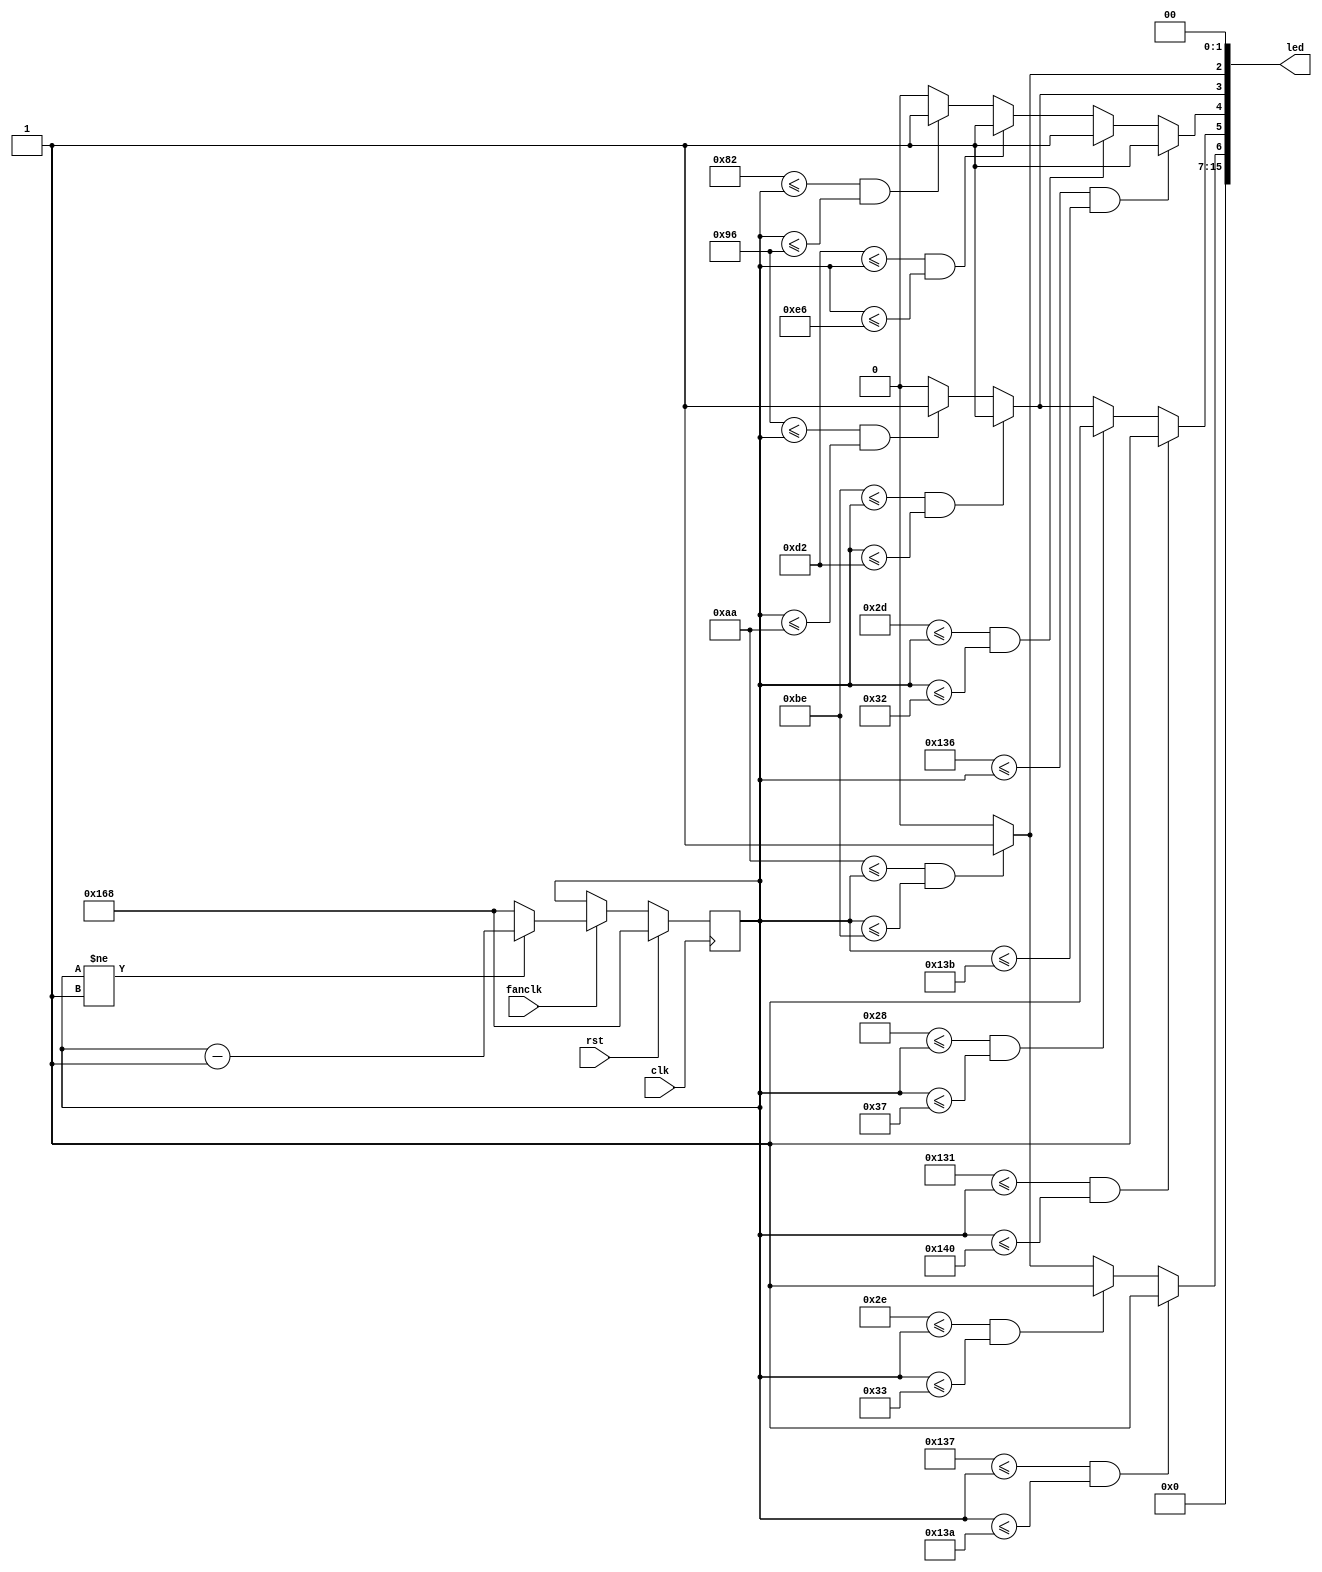
module smile(rst,clk,led,fanclk);
    input rst,clk,fanclk;
    output [15:0]led;

    reg [8:0]deg_counter,nxtdeg_counter;
    reg [15:0]led;


    always@(posedge clk)begin
        if(rst)begin
            deg_counter<=360;
        end else begin
            deg_counter<=nxtdeg_counter;
        end
    end

    always@(*)begin
        if(fanclk)begin
            if(deg_counter!=1)nxtdeg_counter=deg_counter-1;
            else nxtdeg_counter=360;
        end else begin
            nxtdeg_counter=deg_counter;
        end
        /*

        if(deg_counter<=30&&deg_counter>=40)begin//left eye
        led[8:0]={9'b110000000};

        end else if(deg_counter<=320&&deg_counter>=310)begin //right eye
        led[8:0]={9'b110000000};
        end else if(deg_counter<=225&&deg_counter>=135) begin//mouth
        led[8:0]={9'b110000000};
        end else begin
        led[8:0]={9'b000000000};
        end
        if (deg_counter<=200&&deg_counter>=180)begin
        led[15:9]={7'b0000111};
        end else begin
        led[15:9]={7'b0000000};
        end*/

        led[15:7]=9'b0;
        led[1:0]=2'b0;

        if(170<=deg_counter&&deg_counter<=190)begin//led 2
            led[2]={1'b1};
        end else begin
            led[2]={1'b0};
        end

        if(311<=deg_counter&&deg_counter<=314)begin//led 6
            led[6]={1'b1};
        end else if(46<=deg_counter&&deg_counter<=51)begin
            led[6]={1'b1};
        end else if(170<=deg_counter&&deg_counter<=190)begin
            led[6]={1'b1};
        end else begin
            led[6]={1'b0};
        end

        if(305<=deg_counter&&deg_counter<=320)begin//led 5
            led[5]={1'b1};
        end else if(40<=deg_counter&&deg_counter<=55)begin
            led[5]={1'b1};
        end else if(190<=deg_counter&&deg_counter<=210)begin
            led[5]={1'b1};
        end else if(150<=deg_counter&&deg_counter<=170)begin
            led[5]={1'b1};
        end else begin
            led[5]={1'b0};
        end



        if(310<=deg_counter&&deg_counter<=315)begin//led 4
            led[4]={1'b1};
        end else if(45<=deg_counter&&deg_counter<=50)begin
            led[4]={1'b1};
        end else if(210<=deg_counter&&deg_counter<=230)begin
            led[4]={1'b1};
        end else if(130<=deg_counter&&deg_counter<=150)begin
            led[4]={1'b1};
        end else begin
            led[4]=1'b0;
        end


        if(190<=deg_counter&&deg_counter<=210)begin//led 3
            led[3]={1'b1};
        end else if(150<=deg_counter&&deg_counter<=170)begin
            led[3]={1'b1};
        end else begin
            led[3]={1'b0};
        end
    end
endmodule